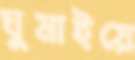
ঘুমাইয়ে